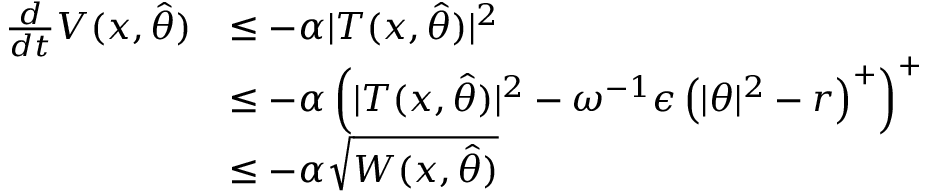
\begin{array} { r l } { \frac { d } { d t } V ( x , \hat { \theta } ) } & { \leq - \alpha \vert T ( x , \hat { \theta } ) \vert ^ { 2 } } \\ & { \leq - \alpha \left( \vert T ( x , \hat { \theta } ) \vert ^ { 2 } - \omega ^ { - 1 } \epsilon \left( \vert \theta \vert ^ { 2 } - r \right) ^ { + } \right) ^ { + } } \\ & { \leq - \alpha \sqrt { W ( x , \hat { \theta } ) } } \end{array}